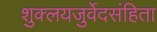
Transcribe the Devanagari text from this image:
शुक्लयजुर्वेदसंहिता